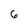
Character: 6